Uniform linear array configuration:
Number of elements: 12
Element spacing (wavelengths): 0.5
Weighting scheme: binomial
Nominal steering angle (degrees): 0
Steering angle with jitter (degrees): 1.319
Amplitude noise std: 0.05
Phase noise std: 0.05

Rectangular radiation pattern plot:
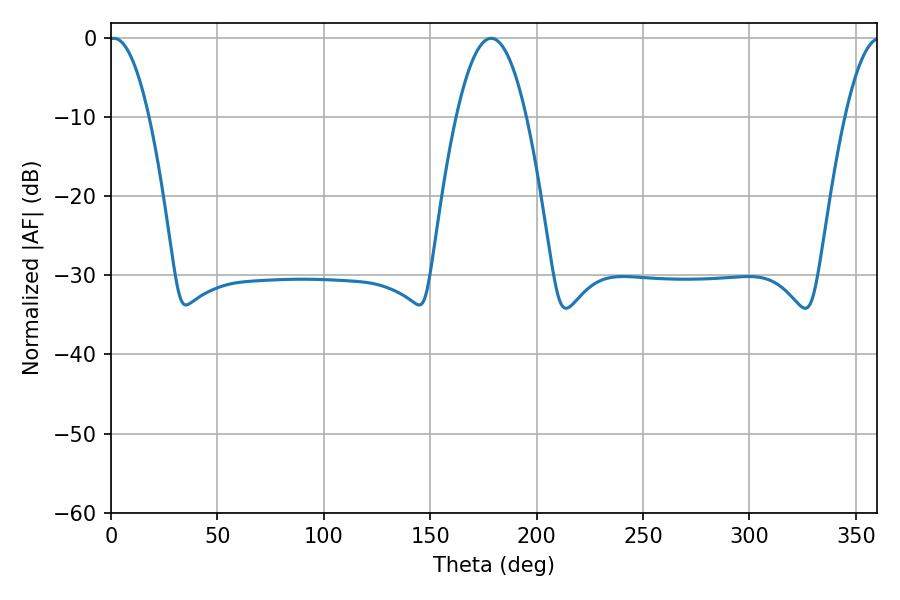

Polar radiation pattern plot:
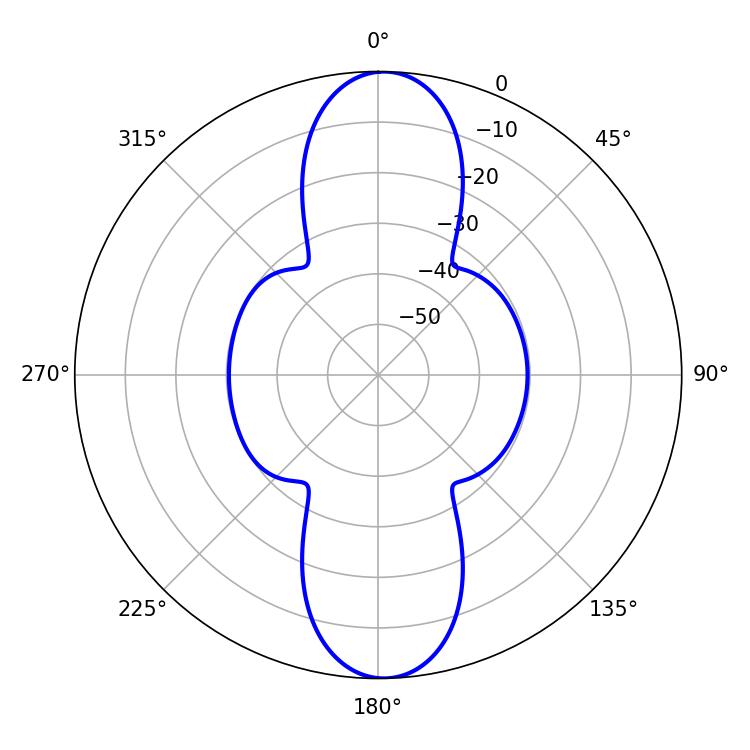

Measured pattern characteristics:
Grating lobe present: FALSE
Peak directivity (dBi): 21.084
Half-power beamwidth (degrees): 10.44
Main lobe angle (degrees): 1.44